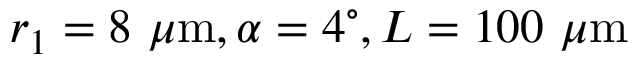
r _ { 1 } = 8 \ { \mu \mathrm { m } } , \alpha = 4 ^ { \circ } , L = 1 0 0 \ { \mu \mathrm { m } }